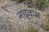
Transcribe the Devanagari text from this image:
नाट्टकम